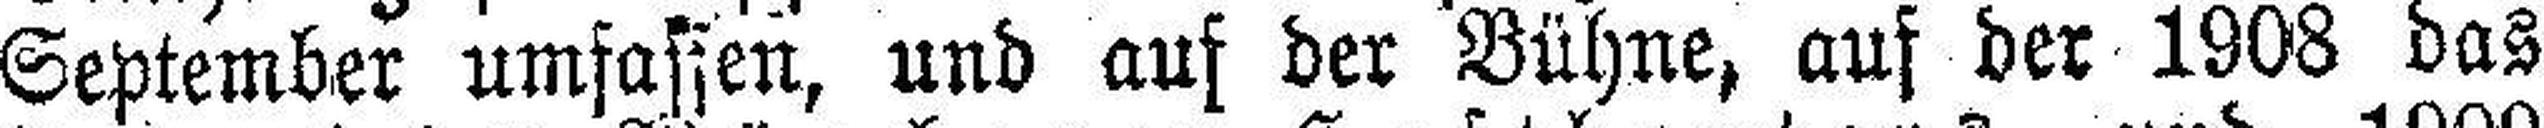
September umfassen, und auf der Bühne, auf der 1908 das